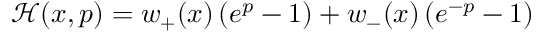
\begin{array} { r } { \mathcal { H } ( { x , p } ) = { w _ { + } } ( x ) \left( { { e ^ { p } } - 1 } \right) + { w _ { - } } ( x ) \left( { { e ^ { - p } } - 1 } \right) } \end{array}